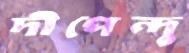
দীপেন্দু